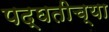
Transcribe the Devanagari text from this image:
पद्घतीच्या